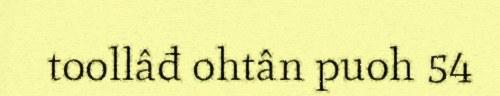
toollâđ ohtân puoh 54